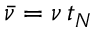
\Bar { \nu } = \nu \, t _ { N }